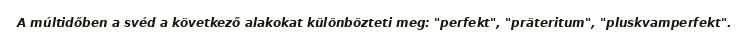
A múltidőben a svéd a következő alakokat különbözteti meg: "perfekt", "präteritum", "pluskvamperfekt".